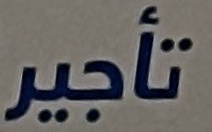
تاجیر